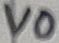
Text: V0